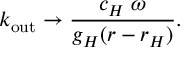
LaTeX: k _ { \mathrm { o u t } } \to { \frac { c _ { H } \; \omega } { g _ { H } ( r - r _ { H } ) } } .